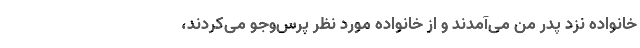
خانواده نزد پدر من می‌آمدند و از خانواده‌ مورد نظر پرس‌وجو می‌کردند،